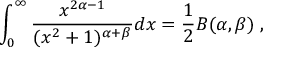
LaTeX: \int _ { 0 } ^ { \infty } \frac { x ^ { 2 \alpha - 1 } } { ( x ^ { 2 } + 1 ) ^ { \alpha + \beta } } d x = \frac { 1 } { 2 } B ( \alpha , \beta ) \; ,